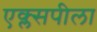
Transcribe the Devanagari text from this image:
एक्ल्सपीला